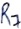
Text: R7